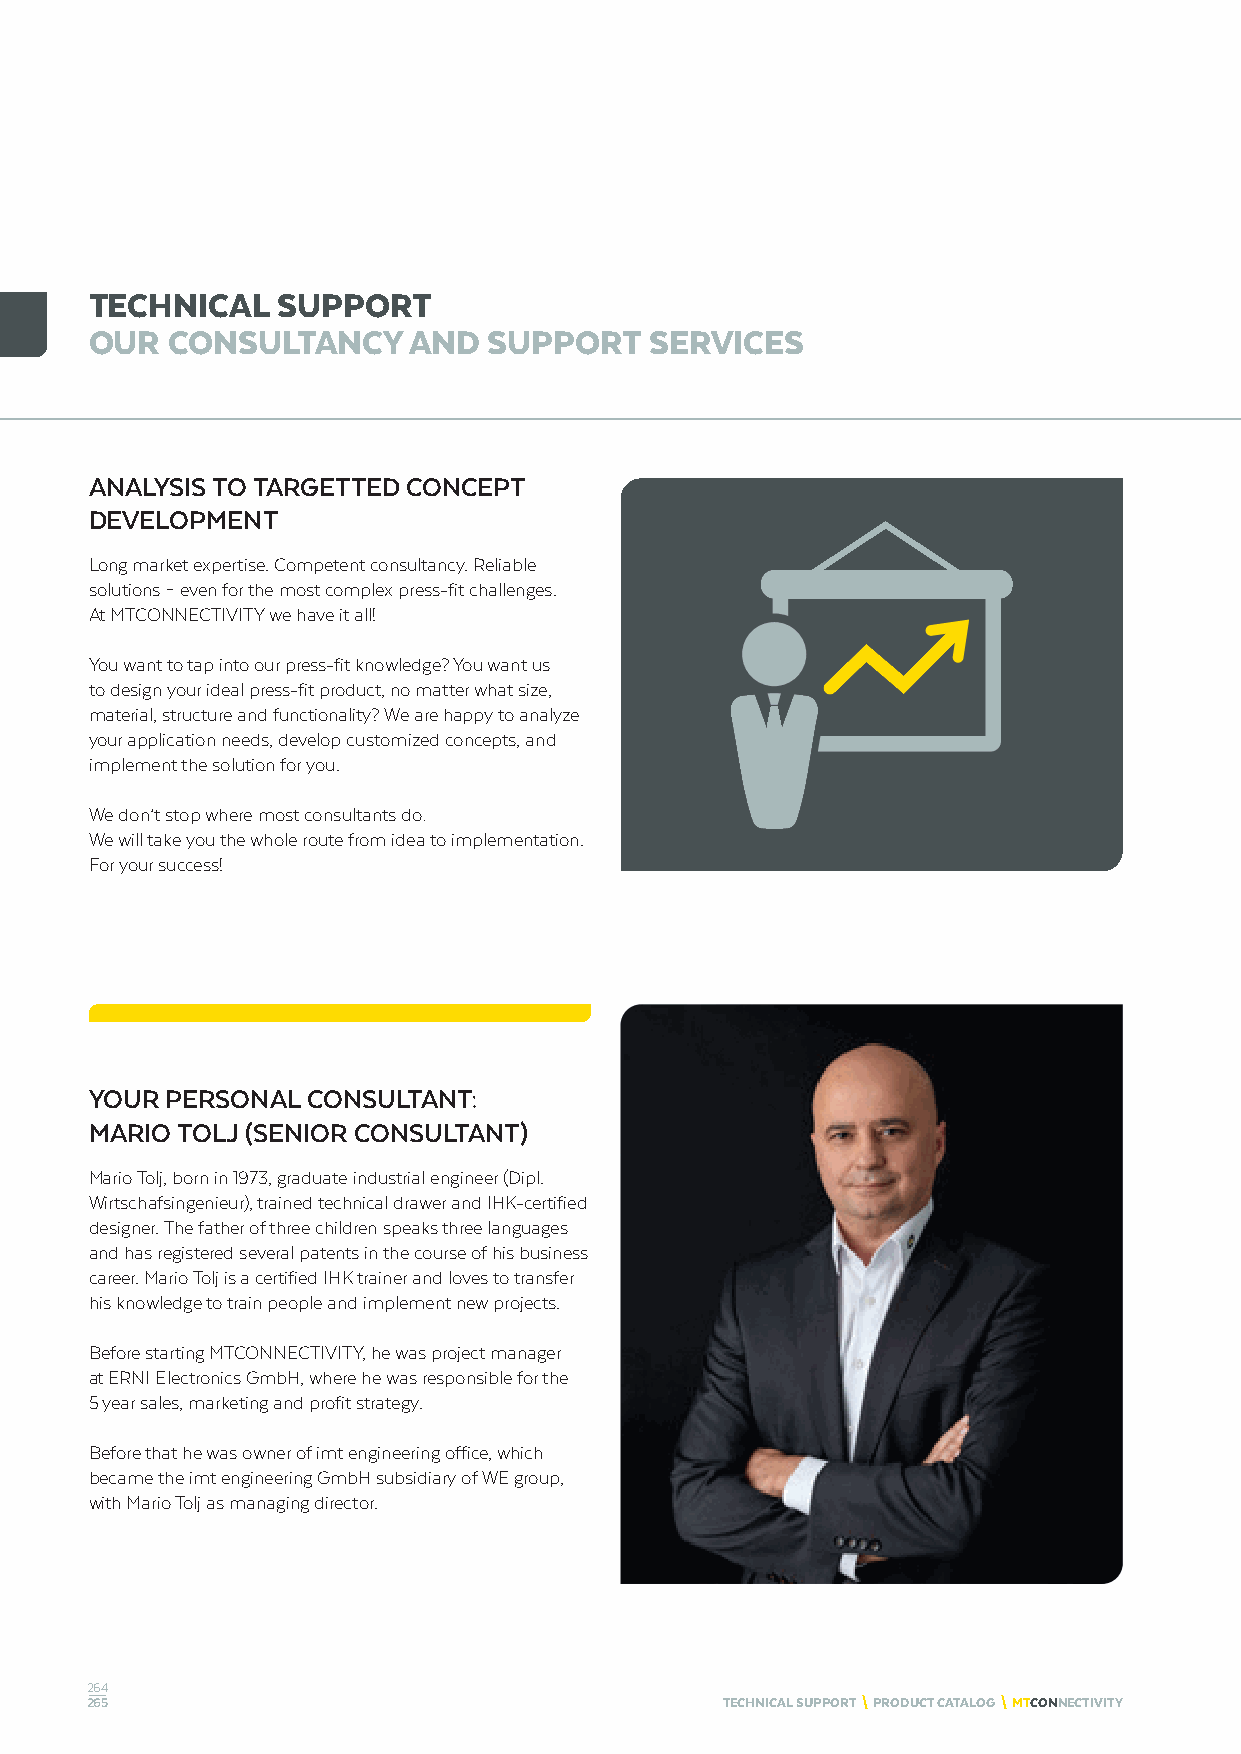
TECHNICAL   SUPPORT
 OUR  CONSULTANCY     AND  SUPPORT    SERVICES
 ANALYSIS TO TARGETTED CONCEPT
 DEVELOPMENT
 Long market expertise. Competent consultancy. Reliable
 solutions – even for the most complex press-fit challenges.
 At MTCONNECTIVITY we have it all!
 You want to tap into our press-fit knowledge? You want us
 to design your ideal press-fit product, no matter what size,
 material, structure and functionality? We are happy to analyze
 your application needs, develop customized concepts, and
 implement the solution for you.
 We don’t stop where most consultants do:
 We will take you the whole route from idea to implementation.
 For your success!
 YOUR PERSONAL CONSULTANT:
 MARIO TOLJ (SENIOR CONSULTANT)
 Mario Tolj, born in 1973, graduate industrial engineer (Dipl.
 Wirtschafsingenieur), trained technical drawer and IHK-certified
 designer. The father of three children speaks three languages
 and has registered several patents in the course of his business
 career. Mario Tolj is a certified IHK trainer and loves to transfer
 his knowledge to train people and implement new projects.
 Before starting MTCONNECTIVITY, he was project manager
 at ERNI Electronics GmbH, where he was responsible for the
 5 year sales, marketing and profit strategy.
 Before that he was owner of imt engineering office, which
 became the imt engineering GmbH subsidiary of WE group,
 with Mario Tolj as managing director.
 264
 265                                       TECHNICAL SUPPORT \ PRODUCT CATALOG \ MTCONNECTIVITY